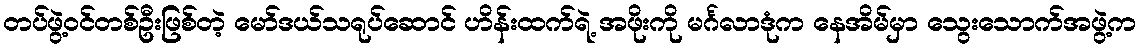
တပ်ဖွဲ့ဝင်တစ်ဦးဖြစ်တဲ့ မော်ဒယ်သရုပ်ဆောင် ဟိန်းထက်ရဲ့ အဖိုးကို မင်္ဂလာဒုံက နေအိမ်မှာ သွေးသောက်အဖွဲ့က